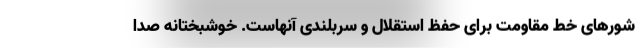
شورهای خط مقاومت برای حفظ استقلال و سربلندی آنهاست. خوشبختانه صدا